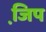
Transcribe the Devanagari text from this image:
जि़प